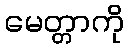
မေတ္တာကို